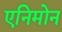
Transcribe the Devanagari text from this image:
एनिमोन